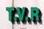
t.v.r